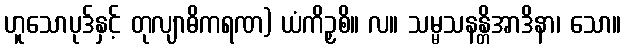
ဟူသောပုဒ်နှင့် တုလျာဓိကရဏ) ယံကိဉှစိ။ လ။ သမ္မသနန္တိအာဒိနာ၊ သော။